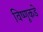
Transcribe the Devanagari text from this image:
विष्णूकडे